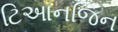
ટિઆનજિન